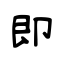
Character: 即